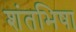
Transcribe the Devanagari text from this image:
शंतभिषा